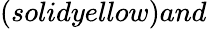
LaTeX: (solidyellow)and